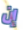
إن